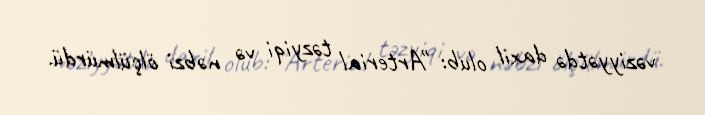
vəziyyətdə daxil olub: "Arterial təzyiqi və nəbzi ölçülmürdü.